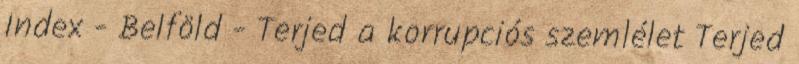
Index - Belföld - Terjed a korrupciós szemlélet Terjed